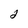
Character: 2